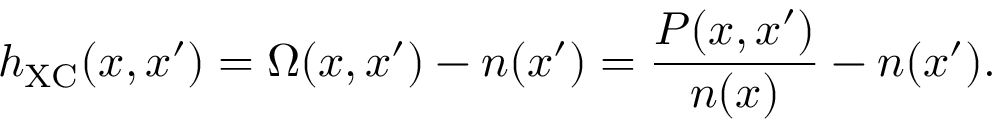
h _ { \mathrm { X C } } ( x , x ^ { \prime } ) = \Omega ( x , x ^ { \prime } ) - n ( x ^ { \prime } ) = \frac { P ( x , x ^ { \prime } ) } { n ( x ) } - n ( x ^ { \prime } ) .